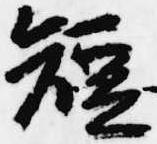
短